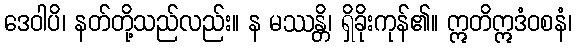
ဒေဝါပိ၊ နတ်တို့သည်လည်း။ န မဿန္တိ၊ ရှိခိုးကုန်၏။ ဣတိဣဒံဝစနံ၊